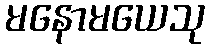
မနောမယေသု